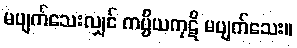
မပျက်သေးလျှင် ကပ္ပိယကုဋိ မပျက်သေး။